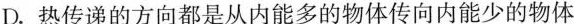
D.热传递的方向都是从内能多的物体传向内能少的物体